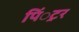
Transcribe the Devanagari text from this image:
पिं्रटर